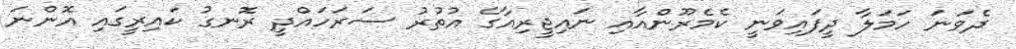
ދެވަނަ ހަމަލާ ދީފައިވަނީ ކެމެރޫންއާއި ނައިޖީރިއާގެ އުތުރު ސަރަހައްދީ ރޮނގު ކައިރީގައި އޮންނަ